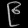
Digit: ၉